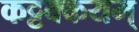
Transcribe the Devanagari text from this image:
कट्टक्कयम्